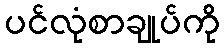
ပင်လုံစာချုပ်ကို